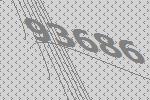
93686